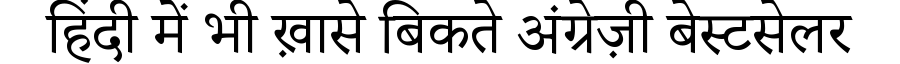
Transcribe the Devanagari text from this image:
हिंदी में भी ख़ासे बिकते अंग्रेज़ी बेस्टसेलर